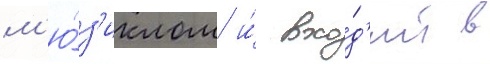
м'ю́з'иклом и́ вхо́д'ит в